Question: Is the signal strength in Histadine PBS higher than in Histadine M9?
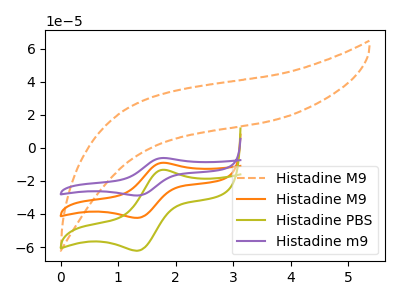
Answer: <think>The orange dashed curve "Histadine M9" has no peaks. The orange curve "Histadine M9" has an anodic peak at (1.80V, -9.05uA) and a cathodic peak at (1.35V, -42.35uA). The olive curve "Histadine PBS" has an anodic peak at (1.80V, -13.30uA) and a cathodic peak at (1.35V, -62.20uA). The purple curve "Histadine m9" has an anodic peak at (1.80V, -18.10uA) and a cathodic peak at (1.35V, -84.65uA).
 All the peaks in "Histadine PBS" have a peak in "Histadine M9" at the same potential.</think>
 <answer>I cant tell if "Histadine PBS" or "Histadine M9" has more signal.</answer>
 <eval>mixed_signal</eval>